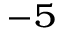
^ { - 5 }